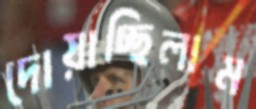
দোয়াচ্ছিলাম